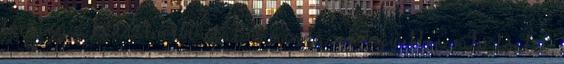
törvény a hatáskörébe utal és mindazon ügyekben való döntés,